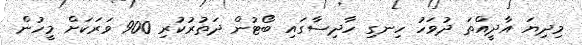
މިދިޔަ އާދީއްތަ ދުވަހު ހިނގި ހާދިސާގައި ބޯޓުން ދަތުރުކުރި 900 ވަރަކަށް މީހުން